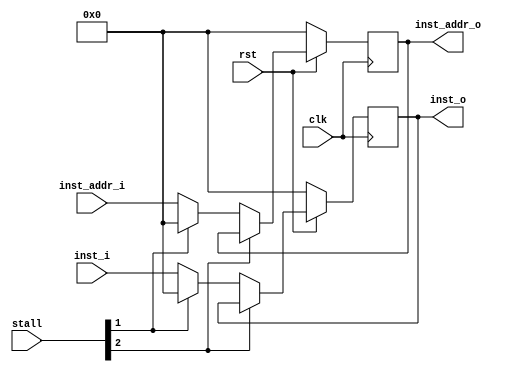
`timescale 1ns / 1ps
//////////////////////////////////////////////////////////////////////////////////
// Company: 
// Engineer: 
// 
// Design Name: 
// Module Name: if_id
// Project Name: 
// Target Devices: 
// Tool Versions: 
// Description: 
// 
// Dependencies: 
// 
// Revision:
// Revision 0.01 - File Created
// Additional Comments:
// 
//////////////////////////////////////////////////////////////////////////////////


module if_id(
    input clk,
    input rst,
    input [31:0] inst_addr_i,
    input [31:0] inst_i,
    input [5:0] stall,
    output reg [31:0] inst_addr_o,
    output reg [31:0]  inst_o
    );
    
always@(posedge clk)
begin
    if (!rst) begin
        inst_addr_o <= 32'b0;
        inst_o <= 32'b0;
    end
    else begin
        if(stall[2]==0) begin
            if(stall[1])begin
                inst_addr_o <= 32'b0;
                inst_o <= 32'b0;
            end
            else begin
                inst_addr_o <= inst_addr_i;
                inst_o <= inst_i;
            end
        end
    end
end    
endmodule